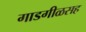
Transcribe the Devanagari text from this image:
गाडगीळसह